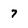
Character: 7